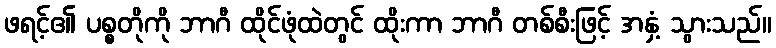
ဖရင့်၏ ပစ္စတိုကို ဘာဂီ ထိုင်ဖုံထဲတွင် ထိုးကာ ဘာဂီ တစ်စီးဖြင့် အနှံ့ သွားသည်။